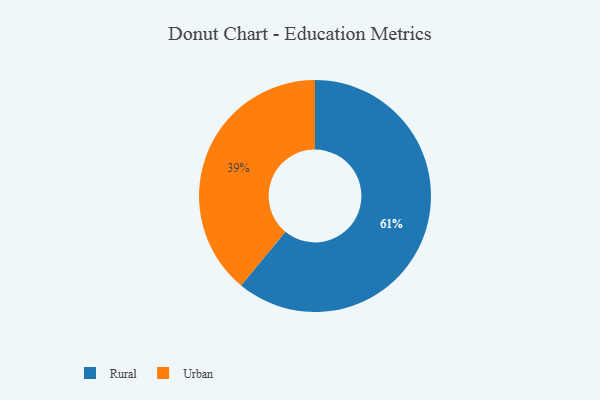
{"axis": {"x": "Category", "y": "Percentage"}, "legend": ["Rural", "Urban"], "data": [{"x": "Rural", "y": 61, "type": "Rural"}, {"x": "Urban", "y": 39, "type": "Urban"}]}